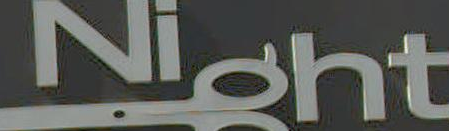
Night